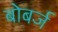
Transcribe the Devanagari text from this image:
बोबर्ज